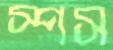
স্পস